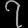
Digit: ၇